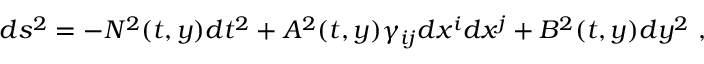
d s ^ { 2 } = - N ^ { 2 } ( t , y ) d t ^ { 2 } + A ^ { 2 } ( t , y ) \gamma _ { i j } d x ^ { i } d x ^ { j } + B ^ { 2 } ( t , y ) d y ^ { 2 } \ ,